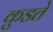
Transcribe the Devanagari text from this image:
कुडते